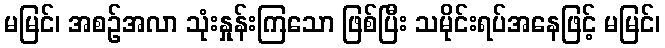
မမြင်၊ အစဉ်အလာ သုံးနှုန်းကြသော ဖြစ်ပြီး သမိုင်းရပ်အနေဖြင့် မမြင်၊